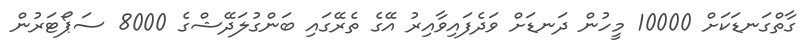
ގާތްގަނޑަކަށް 10000 މީހުން ދަނޑަށް ވަދެފައިވާއިރު އޭގެ ތެރޭގައި ބަންގުލަދޭޝްގެ 8000 ސަޕޯޓަރުން